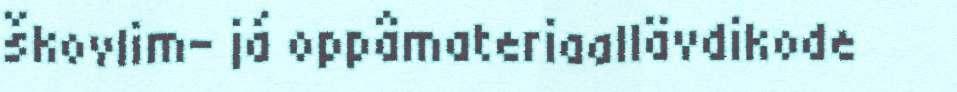
škovlim- já oppâmateriaallävdikode